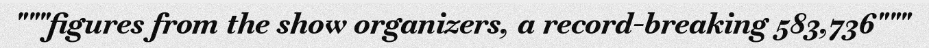
"""figures from the show organizers, a record-breaking 583,736"""